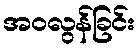
အဝလွန်ခြင်း